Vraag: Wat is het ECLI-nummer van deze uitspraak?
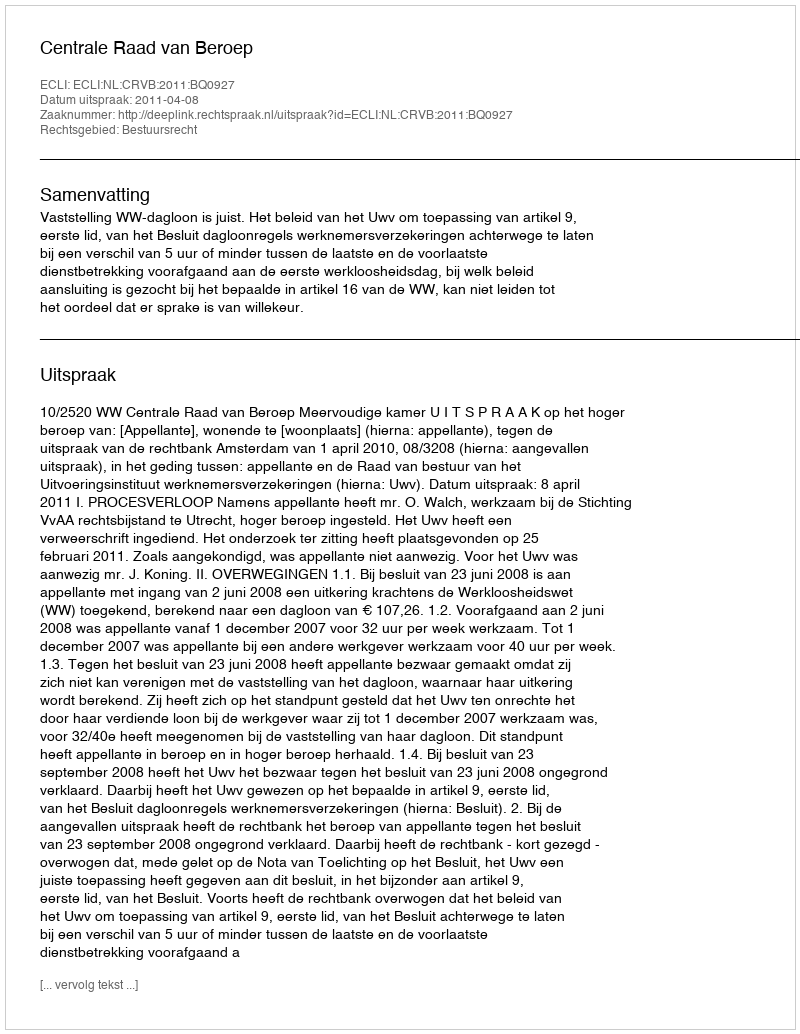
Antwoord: ECLI:NL:CRVB:2011:BQ0927